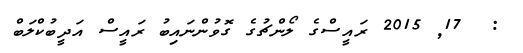
:  17